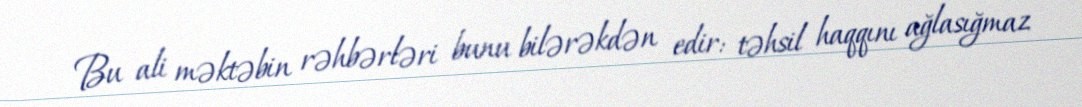
Bu ali məktəbin rəhbərləri bunu bilərəkdən edir: təhsil haqqını ağlasığmaz